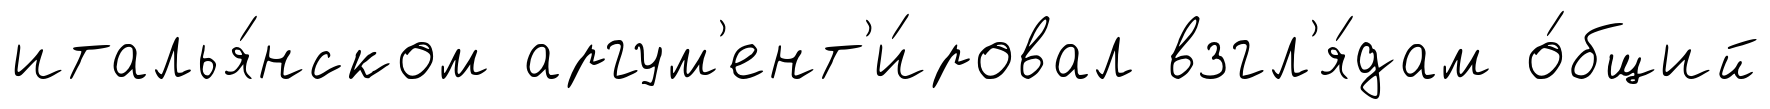
италья́нском аргум'ент'и́ровал взгл'я́дам о́бщий